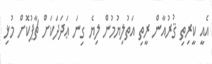
އެއީ ކީރިތި ޤުރުއާން ރީތި އަތުލިޔުމުން ލިޔެ ގިނަ ޢަދަދަކަށް ޗާޕުކޮށް މުޅި